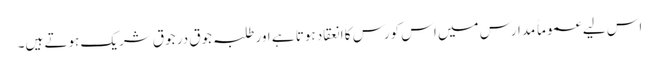
اس لیے عموماً مدارس میں اس کورس کا انعقاد ہوتا ہے اور طلبہ جوق در جوق شریک ہوتے ہیں۔